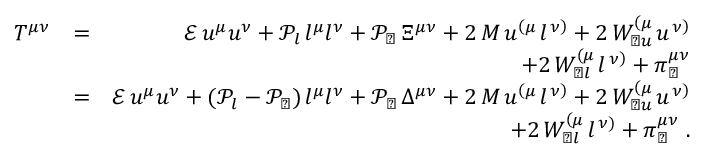
\begin{array} { r l r } { T ^ { \mu \nu } } & { = } & { \mathcal { E } \, u ^ { \mu } u ^ { \nu } + \mathcal { P } _ { l } \, l ^ { \mu } l ^ { \nu } + \mathcal { P } _ { \perp } \, \Xi ^ { \mu \nu } + 2 \, M \, u ^ { \left( \mu \right. } l ^ { \left. \nu \right) } + 2 \, W _ { \perp u } ^ { \left( \mu \right. } u ^ { \left. \nu \right) } } \\ & { } & { + 2 \, W _ { \perp l } ^ { \left( \mu \right. } l ^ { \left. \nu \right) } + \pi _ { \perp } ^ { \mu \nu } } \\ & { = } & { \mathcal { E } \, u ^ { \mu } u ^ { \nu } + ( \mathcal { P } _ { l } - \mathcal { P } _ { \perp } ) \, l ^ { \mu } l ^ { \nu } + \mathcal { P } _ { \perp } \, \Delta ^ { \mu \nu } + 2 \, M \, u ^ { \left( \mu \right. } l ^ { \left. \nu \right) } + 2 \, W _ { \perp u } ^ { \left( \mu \right. } u ^ { \left. \nu \right) } } \\ & { } & { + 2 \, W _ { \perp l } ^ { \left( \mu \right. } l ^ { \left. \nu \right) } + \pi _ { \perp } ^ { \mu \nu } \; . } \end{array}